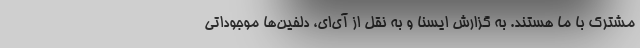
مشترک با ما هستند. به گزارش ایسنا و به نقل از آی‌ای، دلفین‌ها موجوداتی